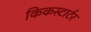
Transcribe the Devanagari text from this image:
किकस्टार्टर